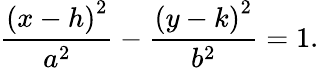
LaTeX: {\frac{\left(x-h\right)^{2}}{a^{2}}}-{\frac{\left(y-k\right)^{2}}{b^{2}}}=1.